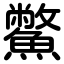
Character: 鱉